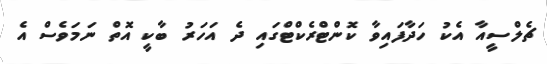
ޗެލްސީއާ އެކު ހަދާފައިވާ ކޮންޓްރެކްޓްގައި ދެ އަހަރު ބާކީ އޮތް ނަމަވެސް އެ